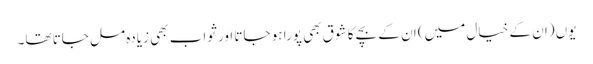
یوں (ان کے خیال میں) ان کے بچے کا شوق بھی پورا ہو جاتا اور ثواب بھی زیادہ مل جاتا تھا۔